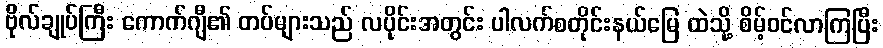
ဗိုလ်ချုပ်ကြီး ကောက်ဂျီ၏ တပ်များသည် လပိုင်းအတွင်း ပါလက်စတိုင်းနယ်မြေ ထဲသို့ စိမ့်ဝင်လာကြပြီး